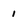
Character: 1